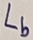
Text: Lb